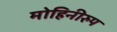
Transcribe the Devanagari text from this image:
मोहिनीरुप